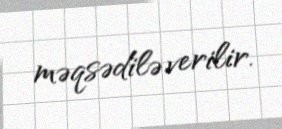
məqsədilə verilir.